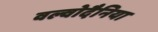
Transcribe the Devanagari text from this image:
वल्वोदैनिया